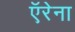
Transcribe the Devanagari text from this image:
ऍरेना